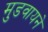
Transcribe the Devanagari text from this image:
मुडवायने